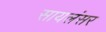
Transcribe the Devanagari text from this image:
सायलंसर